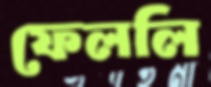
ফেললি